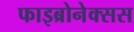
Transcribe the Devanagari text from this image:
फाइब्रोनेक्सस